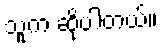
သူက ဆိုပါတယ်။